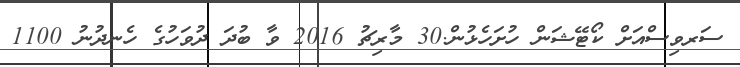
ސަރވިސްއަށް ކޯޓޭޝަން ހުށަހެޅުން.30 މާރިޗު 2016 ވާ ބުދަަ ދުވަހުގެ ހެނދުނު 1100